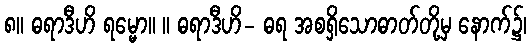
၈။ ဓရာဒီဟိ ရမ္မော။ ။ ဓရာဒီဟိ- ဓရ အစရှိသောဓာတ်တို့မှ နောက်၌၊